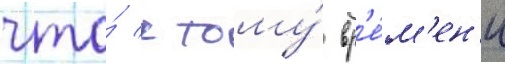
что́ к тому́ вр'е́м'ен'и